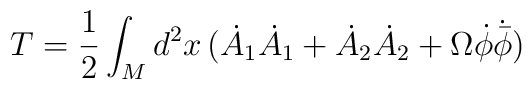
T=\frac{1}{2}\int_{M}d^{2}x \,(\dot{A}_{1}\dot{A}_{1}+\dot{A}_{2}\dot{A}_{2}+ \Omega \dot{\phi}\dot{{\bar{\phi}}})